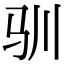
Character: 驯